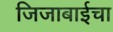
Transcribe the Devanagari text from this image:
जिजाबाईचा